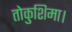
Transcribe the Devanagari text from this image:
तोकुशिमा।